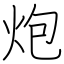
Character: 炮